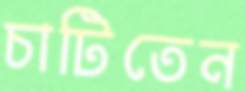
চাটিতেন